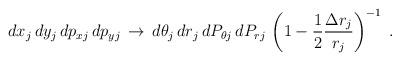
LaTeX: \begin{align*}dx_j \, dy_j \, dp_{xj} \, dp_{yj} \, \rightarrow \,d \theta_j \, dr_j \, dP_{\theta j} \, dP_{rj}\, \left ( 1 - \frac{1}{2} \frac{\Delta r_j}{r_j} \right )^{-1} \; .\end{align*}